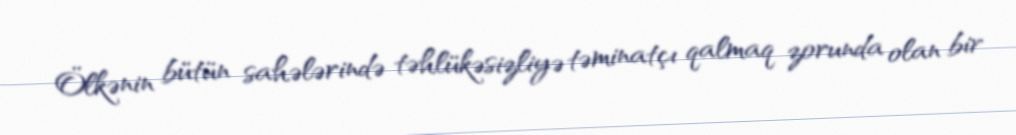
Ölkənin bütün sahələrində təhlükəsizliyə təminatçı qalmaq zorunda olan bir